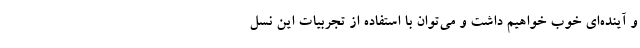
و آینده‌ای خوب خواهیم داشت و می‌توان با استفاده از تجربیات این نسل